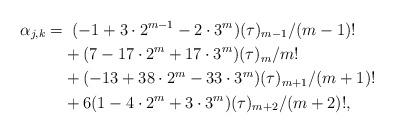
LaTeX: \begin{align*}\alpha_{j,k} =& \;\;(-1 + 3\cdot 2^{m-1} - 2\cdot 3^m) (\tau)_{m-1}/(m-1)!\\ &+ (7 - 17\cdot 2^m + 17\cdot 3^m) (\tau)_{m}/m!\\ &+ (-13 + 38\cdot 2^m - 33\cdot 3^m) (\tau)_{m+1}/(m+1)!\\ &+ 6(1 - 4\cdot 2^m + 3\cdot 3^m) (\tau)_{m+2}/(m+2)!,\end{align*}